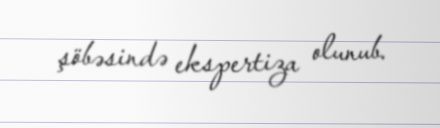
şöbəsində ekspertiza olunub.